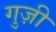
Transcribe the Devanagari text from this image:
गुज़ी